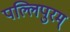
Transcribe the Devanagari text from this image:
पल्लिपुरम्